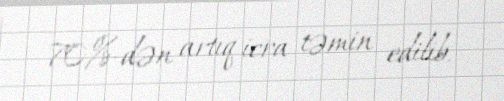
70%-dən artıq icra təmin edilib.